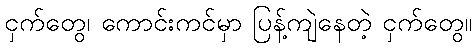
ငှက်တွေ၊ ကောင်းကင်မှာ ပြန့်ကျဲနေတဲ့ ငှက်တွေ။